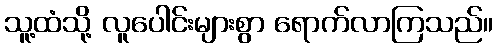
သူ့ထံသို့ လူပေါင်းများစွာ ရောက်လာကြသည်။